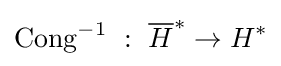
\operatorname {Cong} ^{-1}~:~{\overline {H}}^{*}\to H^{*}